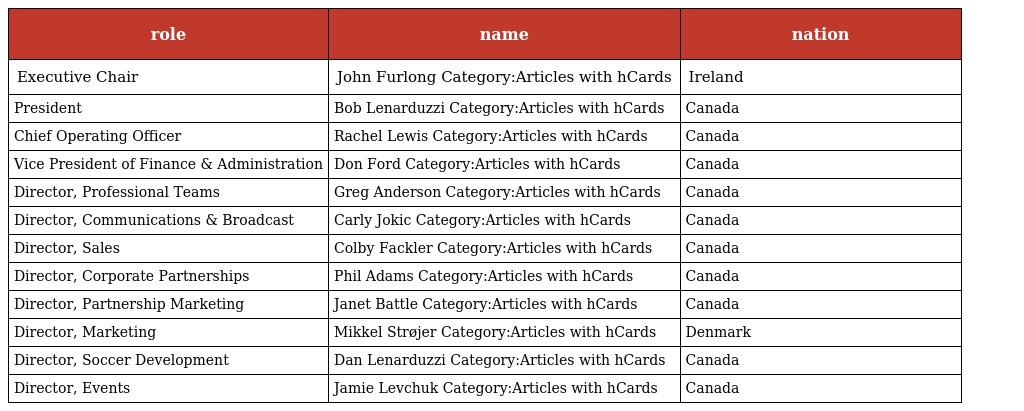
| role | name | nation |
 | --- | --- | --- |
 | Executive Chair | John Furlong Category:Articles with hCards | Ireland |
 | President | Bob Lenarduzzi Category:Articles with hCards | Canada |
 | Chief Operating Officer | Rachel Lewis Category:Articles with hCards | Canada |
 | Vice President of Finance & Administration | Don Ford Category:Articles with hCards | Canada |
 | Director, Professional Teams | Greg Anderson Category:Articles with hCards | Canada |
 | Director, Communications & Broadcast | Carly Jokic Category:Articles with hCards | Canada |
 | Director, Sales | Colby Fackler Category:Articles with hCards | Canada |
 | Director, Corporate Partnerships | Phil Adams Category:Articles with hCards | Canada |
 | Director, Partnership Marketing | Janet Battle Category:Articles with hCards | Canada |
 | Director, Marketing | Mikkel Strøjer Category:Articles with hCards | Denmark |
 | Director, Soccer Development | Dan Lenarduzzi Category:Articles with hCards | Canada |
 | Director, Events | Jamie Levchuk Category:Articles with hCards | Canada |